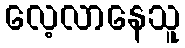
လေ့လာနေသူ